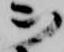
ヲ